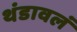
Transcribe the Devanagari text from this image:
थंडावलं